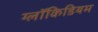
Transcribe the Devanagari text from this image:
ग्लॉकिडियम